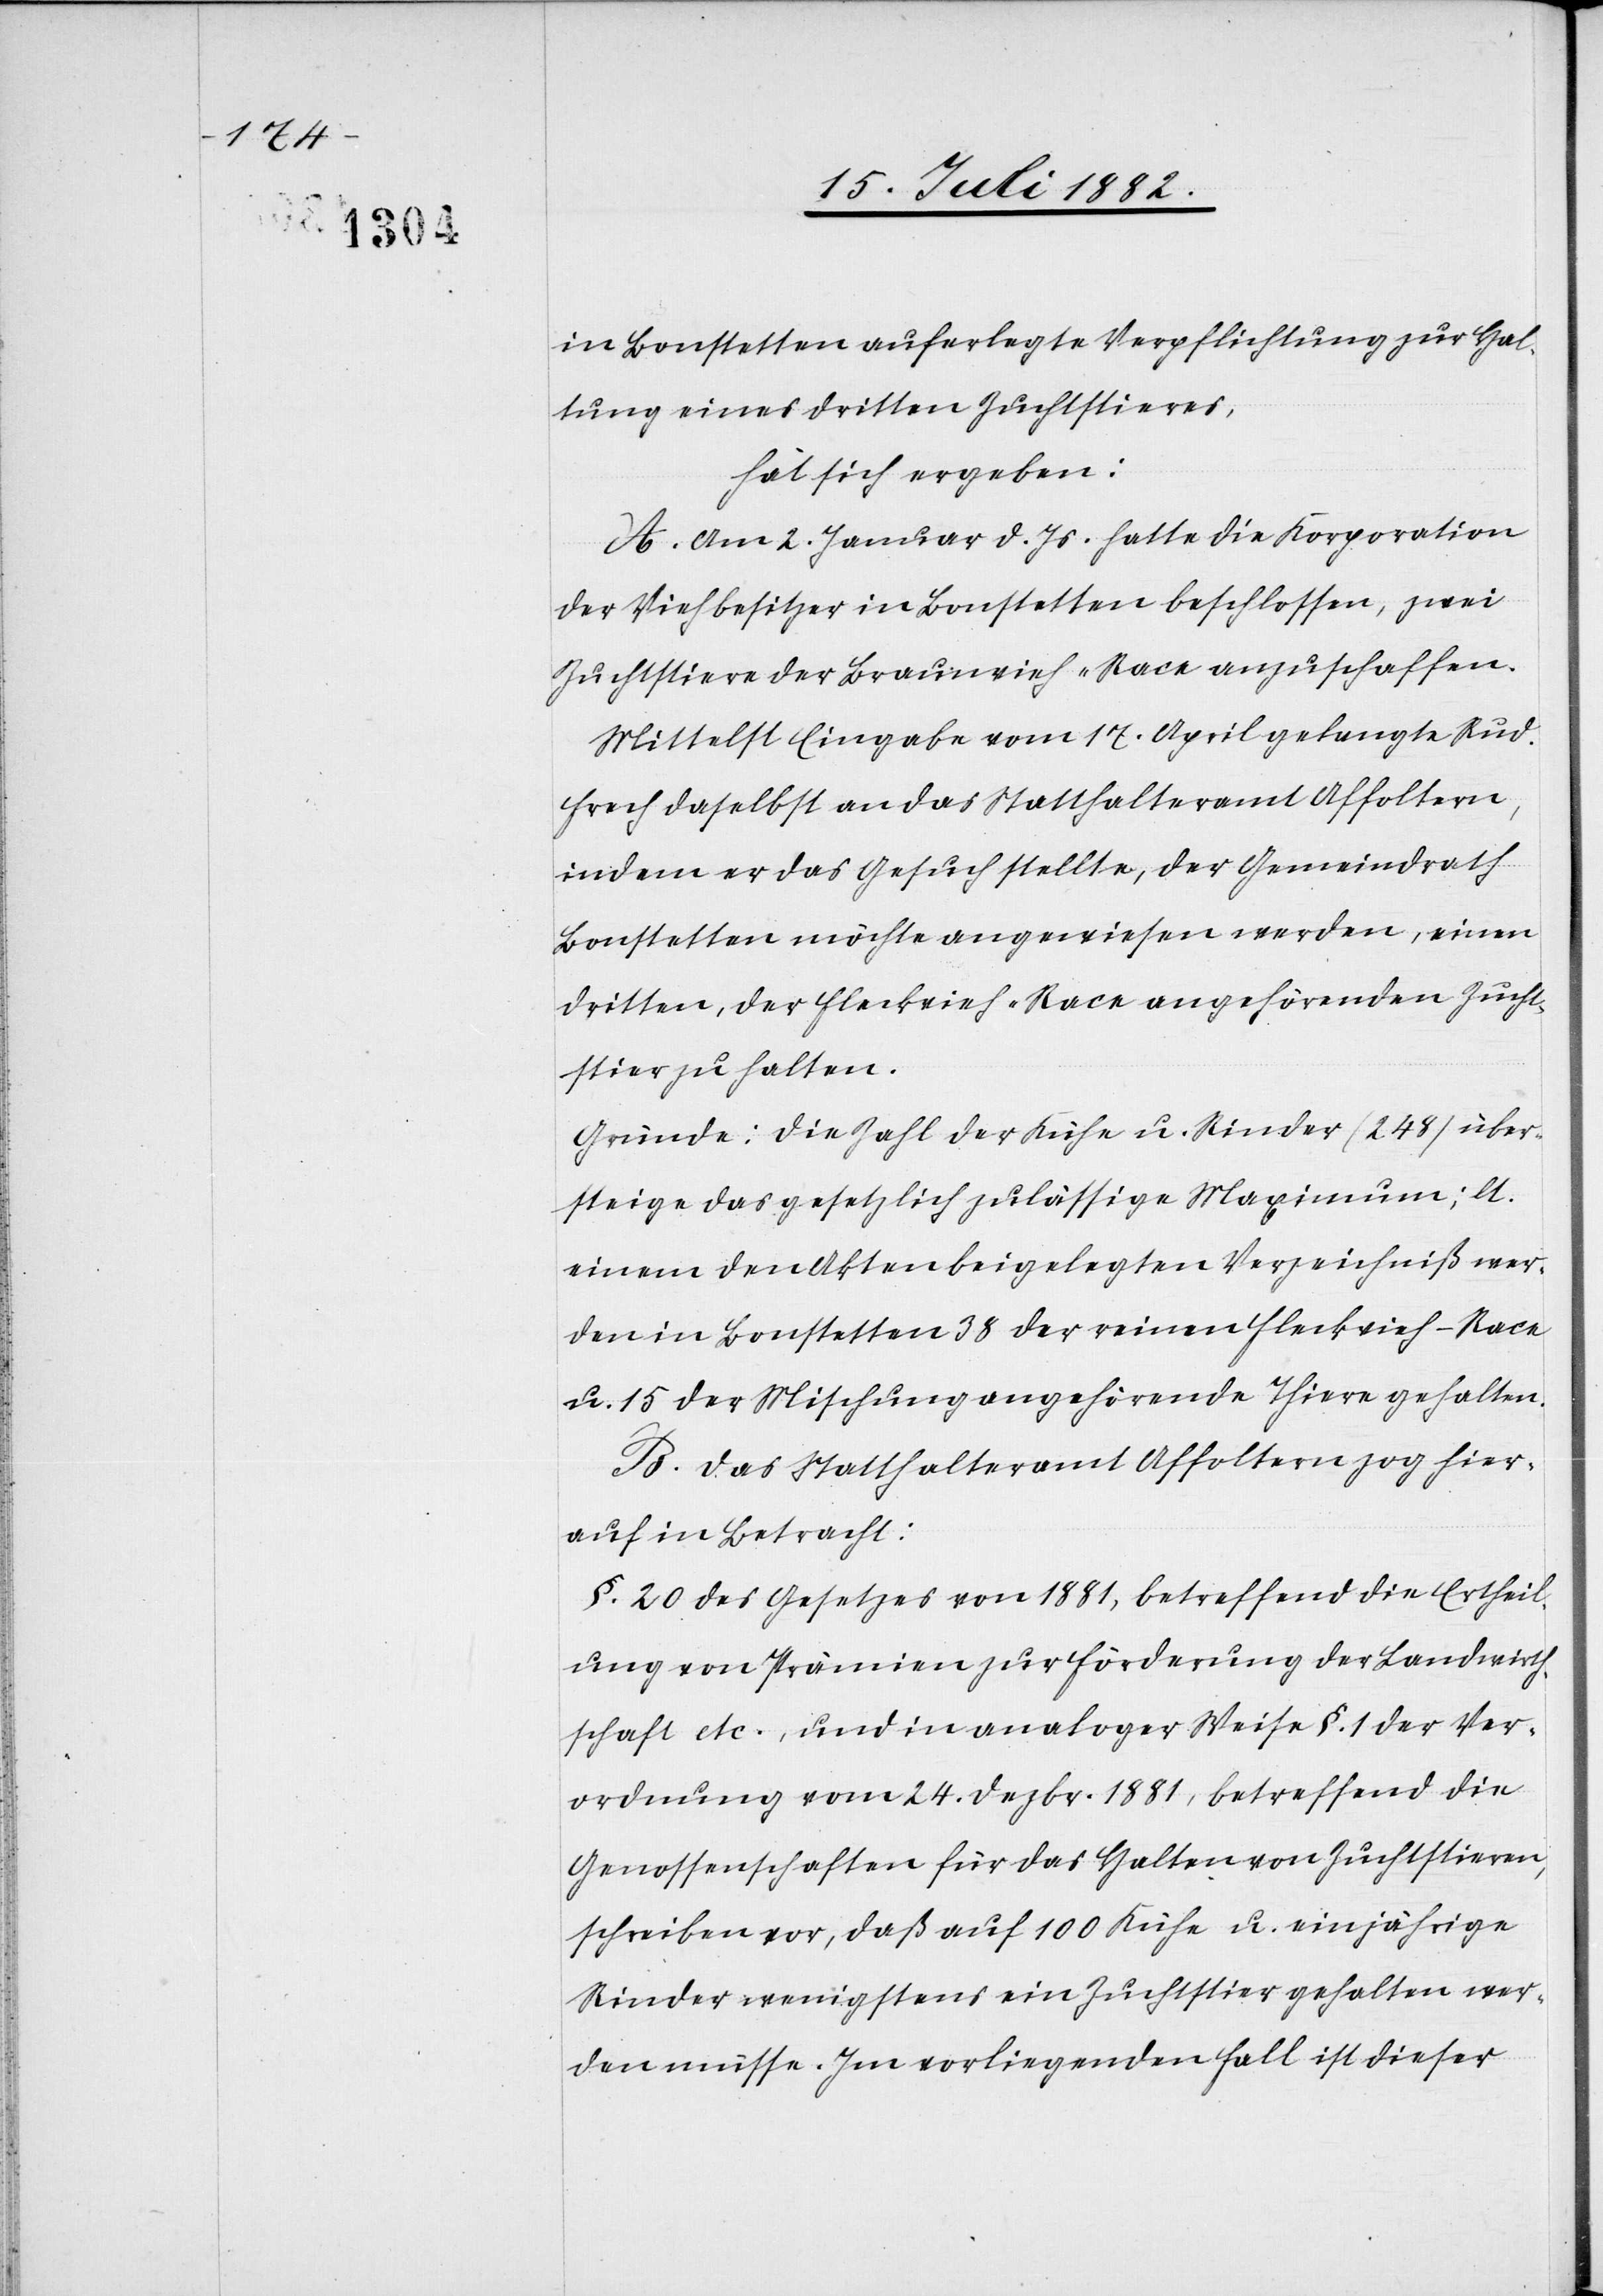
in Bonstetten auferlegte Verpflichtung zur Hal¬
tung eines dritten Zuchtstieres,
hat sich ergeben:
A. Am 2. Januar d. Js. hatte die Korporation
der Viehbesitzer in Bonstetten beschlossen, zwei
Zuchtstiere der Braunvieh-Race anzuschaffen.
Mittelst Eingabe vom 17. April gelangte Rud.
Frech daselbst an das Statthalteramt Affoltern,
indem er das Gesuch stellte, der Gemeindrath
Bonstetten möchte angewiesen werden, einen
dritten, der Fleckvieh-Race angehörenden Zucht¬
stier zu halten.
Gründe: Die Zahl der Kühe u. Rinder (248) über¬
steige das gesetzlich zulässige Maximum; lt.
einem den Akten beigelegten Verzeichniß wer¬
den in Bonstetten 38 der reinen Fleckvieh-Race
u. 15 der Mischung angehörende Thiere gehalten.
B. Das Statthalteramt Affoltern zog hier¬
auf in Betracht:
§. 20 des Gesetzes von 1881, betreffend die Ertheil¬
ung von Prämien zur Förderung der Landwirth¬
schaft etc., und in analoger Weise §. 1 der Ver¬
ordnung vom 24. Dezbr. 1881, betreffend die
Genossenschaften für das Halten von Zuchtstieren,
schreiben vor, daß auf 100 Kühe u. einjährige
Rinder wenigstens ein Zuchtstier gehalten wer¬
den müsse. Im vorliegenden Fall ist dieser